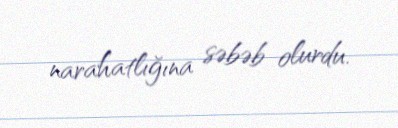
narahatlığına səbəb olurdu.